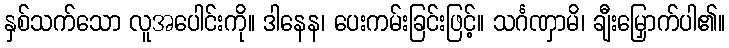
နှစ်သက်သော လူအပေါင်းကို။ ဒါနေန၊ ပေးကမ်းခြင်းဖြင့်။ သင်္ဂဏှာမိ၊ ချီးမြှောက်ပါ၏။